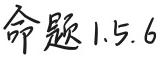
命题 1.5.6